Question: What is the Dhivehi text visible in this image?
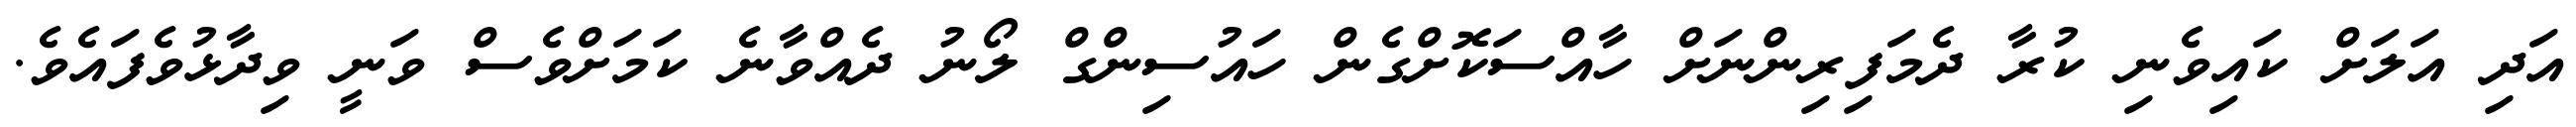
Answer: އަދި އަލަށް ކައިވެނި ކުރާ ދެމަފިރިންނަށް ހާއްސަކޮށްގެން ހައުސިންގް ލޯނު ދެއްވާނެ ކަމަށްވެސް ވަނީ ވިދާޅުވެފައެވެ.